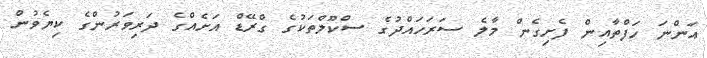
އަންނަ ހަފްތާއިން ފެށިގެން މާލެ ސަރަހައްދުގެ ސްކޫލްތަކުގެ ގްރޭޑް އަށެއްގެ ދަރިވަރުންގެ ކިޔެވުން